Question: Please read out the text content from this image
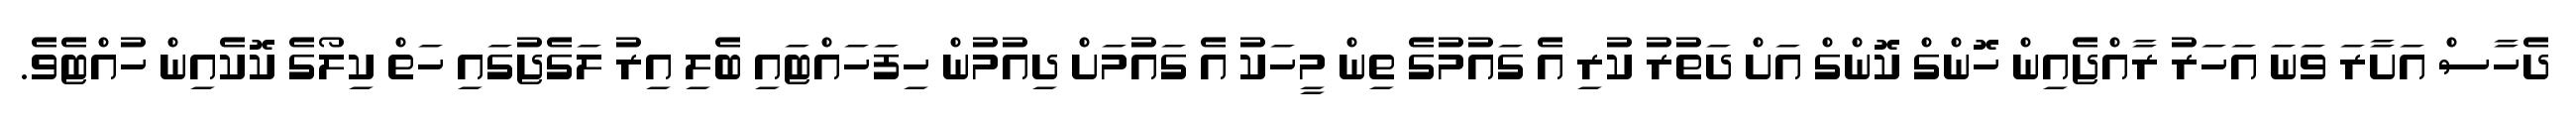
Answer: ދެހާސް އަށާރަ ވަނަ އަހަރު ރާއްޖެއިން ހޮންގް ކޮންގް އަށް ދަތުރު ކުރި އެ ގައުމުގެ ތިން މީހަކު އެ ގައުމަށް ދިއުމުން ހިފަހައްޓައި ބެލި އިރު ލަގެޖުގައި ހަތް ކިލޯގެ ކޮކެއިން ހުއްޓެވެ.